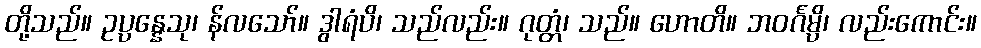
တို့သည်။ ဥပ္ပန္နေသု၊ န်လသော်။ ဒွါရံပိ၊ သည်လည်း။ ဂုတ္တံ၊ သည်။ ဟောတိ။ ဘဝင်္ဂမ္ပိ၊ လည်းကောင်း။